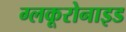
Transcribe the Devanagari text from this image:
ग्लकूरोनाइड